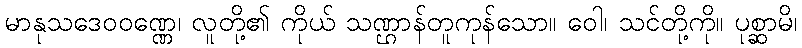
မာနုသဒေဝဝဏ္ဏေ၊ လူတို့၏ ကိုယ် သဏ္ဌာန်တူကုန်သော။ ဝေါ၊ သင်တို့ကို။ ပုစ္ဆာမိ၊